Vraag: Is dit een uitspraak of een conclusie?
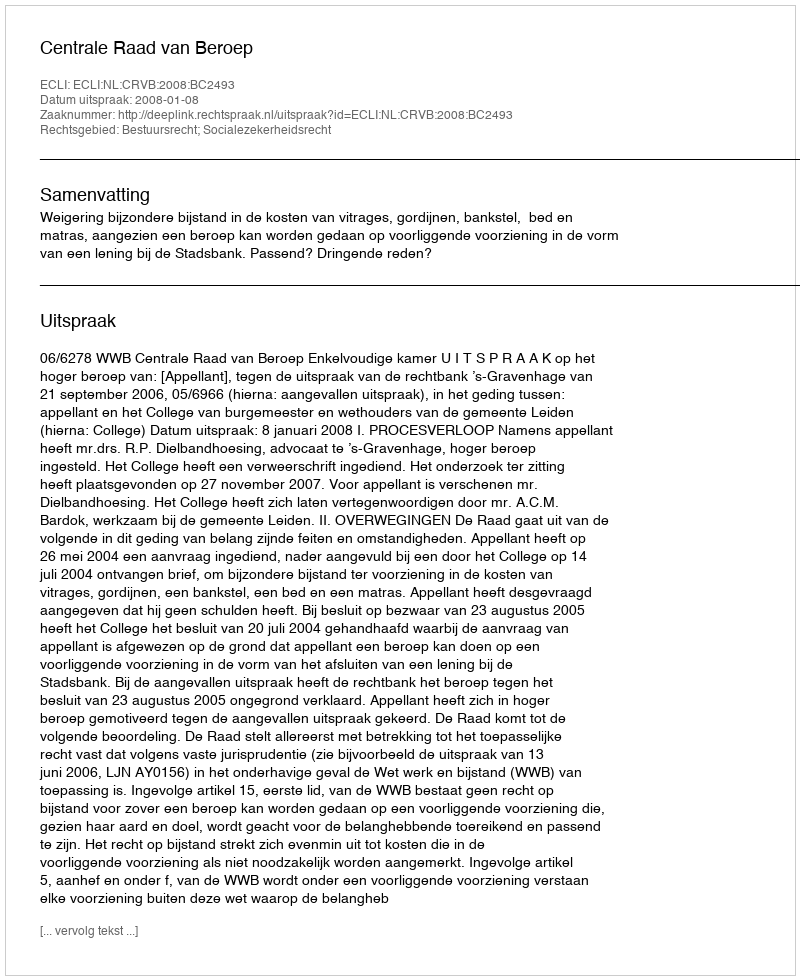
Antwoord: Uitspraak